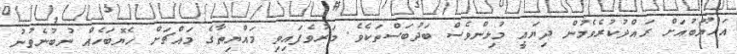
އައްޔޫބުއަށް ރައްދުކުރެވެމުން ދިޔައީ މުޅިންވެސް ބަދުބަސްތަކެވެ. މަރުވެފައިވި މައްޔިތާގެ މައްޗަށް ހެޔޮބަހެއް ނުބުނެވުނު